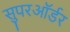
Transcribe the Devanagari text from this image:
सुपरऑर्डर